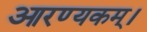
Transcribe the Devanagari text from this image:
आरण्यकम्।